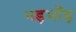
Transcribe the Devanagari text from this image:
भड़भाँड़